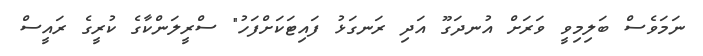
ނަމަވެސް ބަލިމިވީ ވަރަށް އުނދަގޫ އަދި ރަނގަޅު ފައިޓަކަށްފަހު" ސްރީލަންކާގެ ކުރީގެ ރައީސް